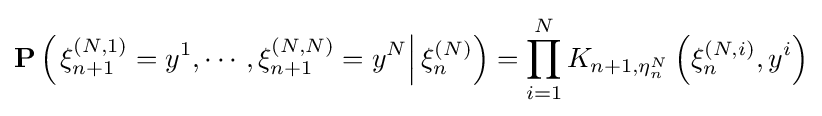
\mathbf {P} \left(\left.\xi _{n+1}^{(N,1)}=y^{1},\cdots ,\xi _{n+1}^{(N,N)}=y^{N}\right|\xi _{n}^{(N)}\right)=\prod _{i=1}^{N}K_{n+1,\eta _{n}^{N}}\left(\xi _{n}^{(N,i)},y^{i}\right)